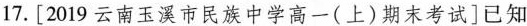
17.[2019云南玉溪市民族中学高一(上)期末考试]已知